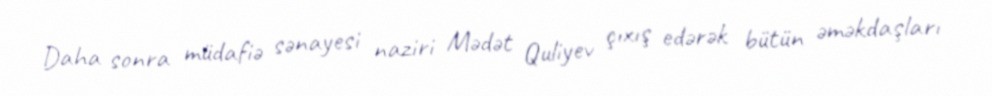
Daha sonra müdafiə sənayesi naziri Mədət Quliyev çıxış edərək bütün əməkdaşları